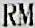
RM